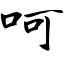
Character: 呵